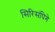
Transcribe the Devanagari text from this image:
सिरिसंपिगे